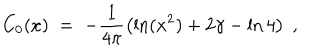
LaTeX: C _ { 0 } ( x ) \; = \; - \frac { 1 } { 4 \pi } \left( \ln ( x ^ { 2 } ) + 2 \gamma - \ln 4 \right) \; ,